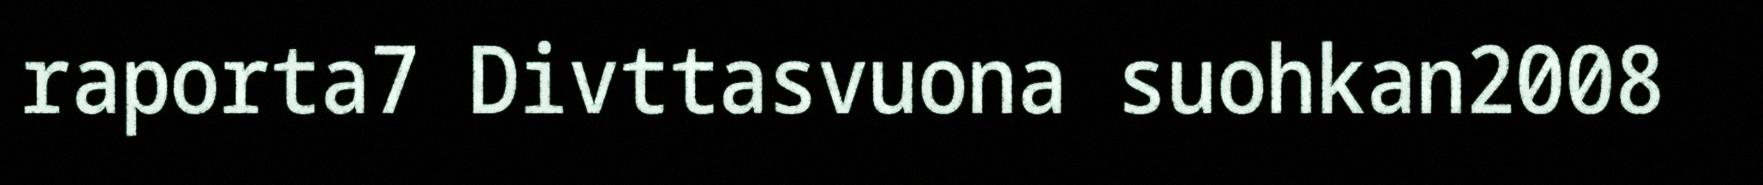
raporta7 Divttasvuona suohkan2008